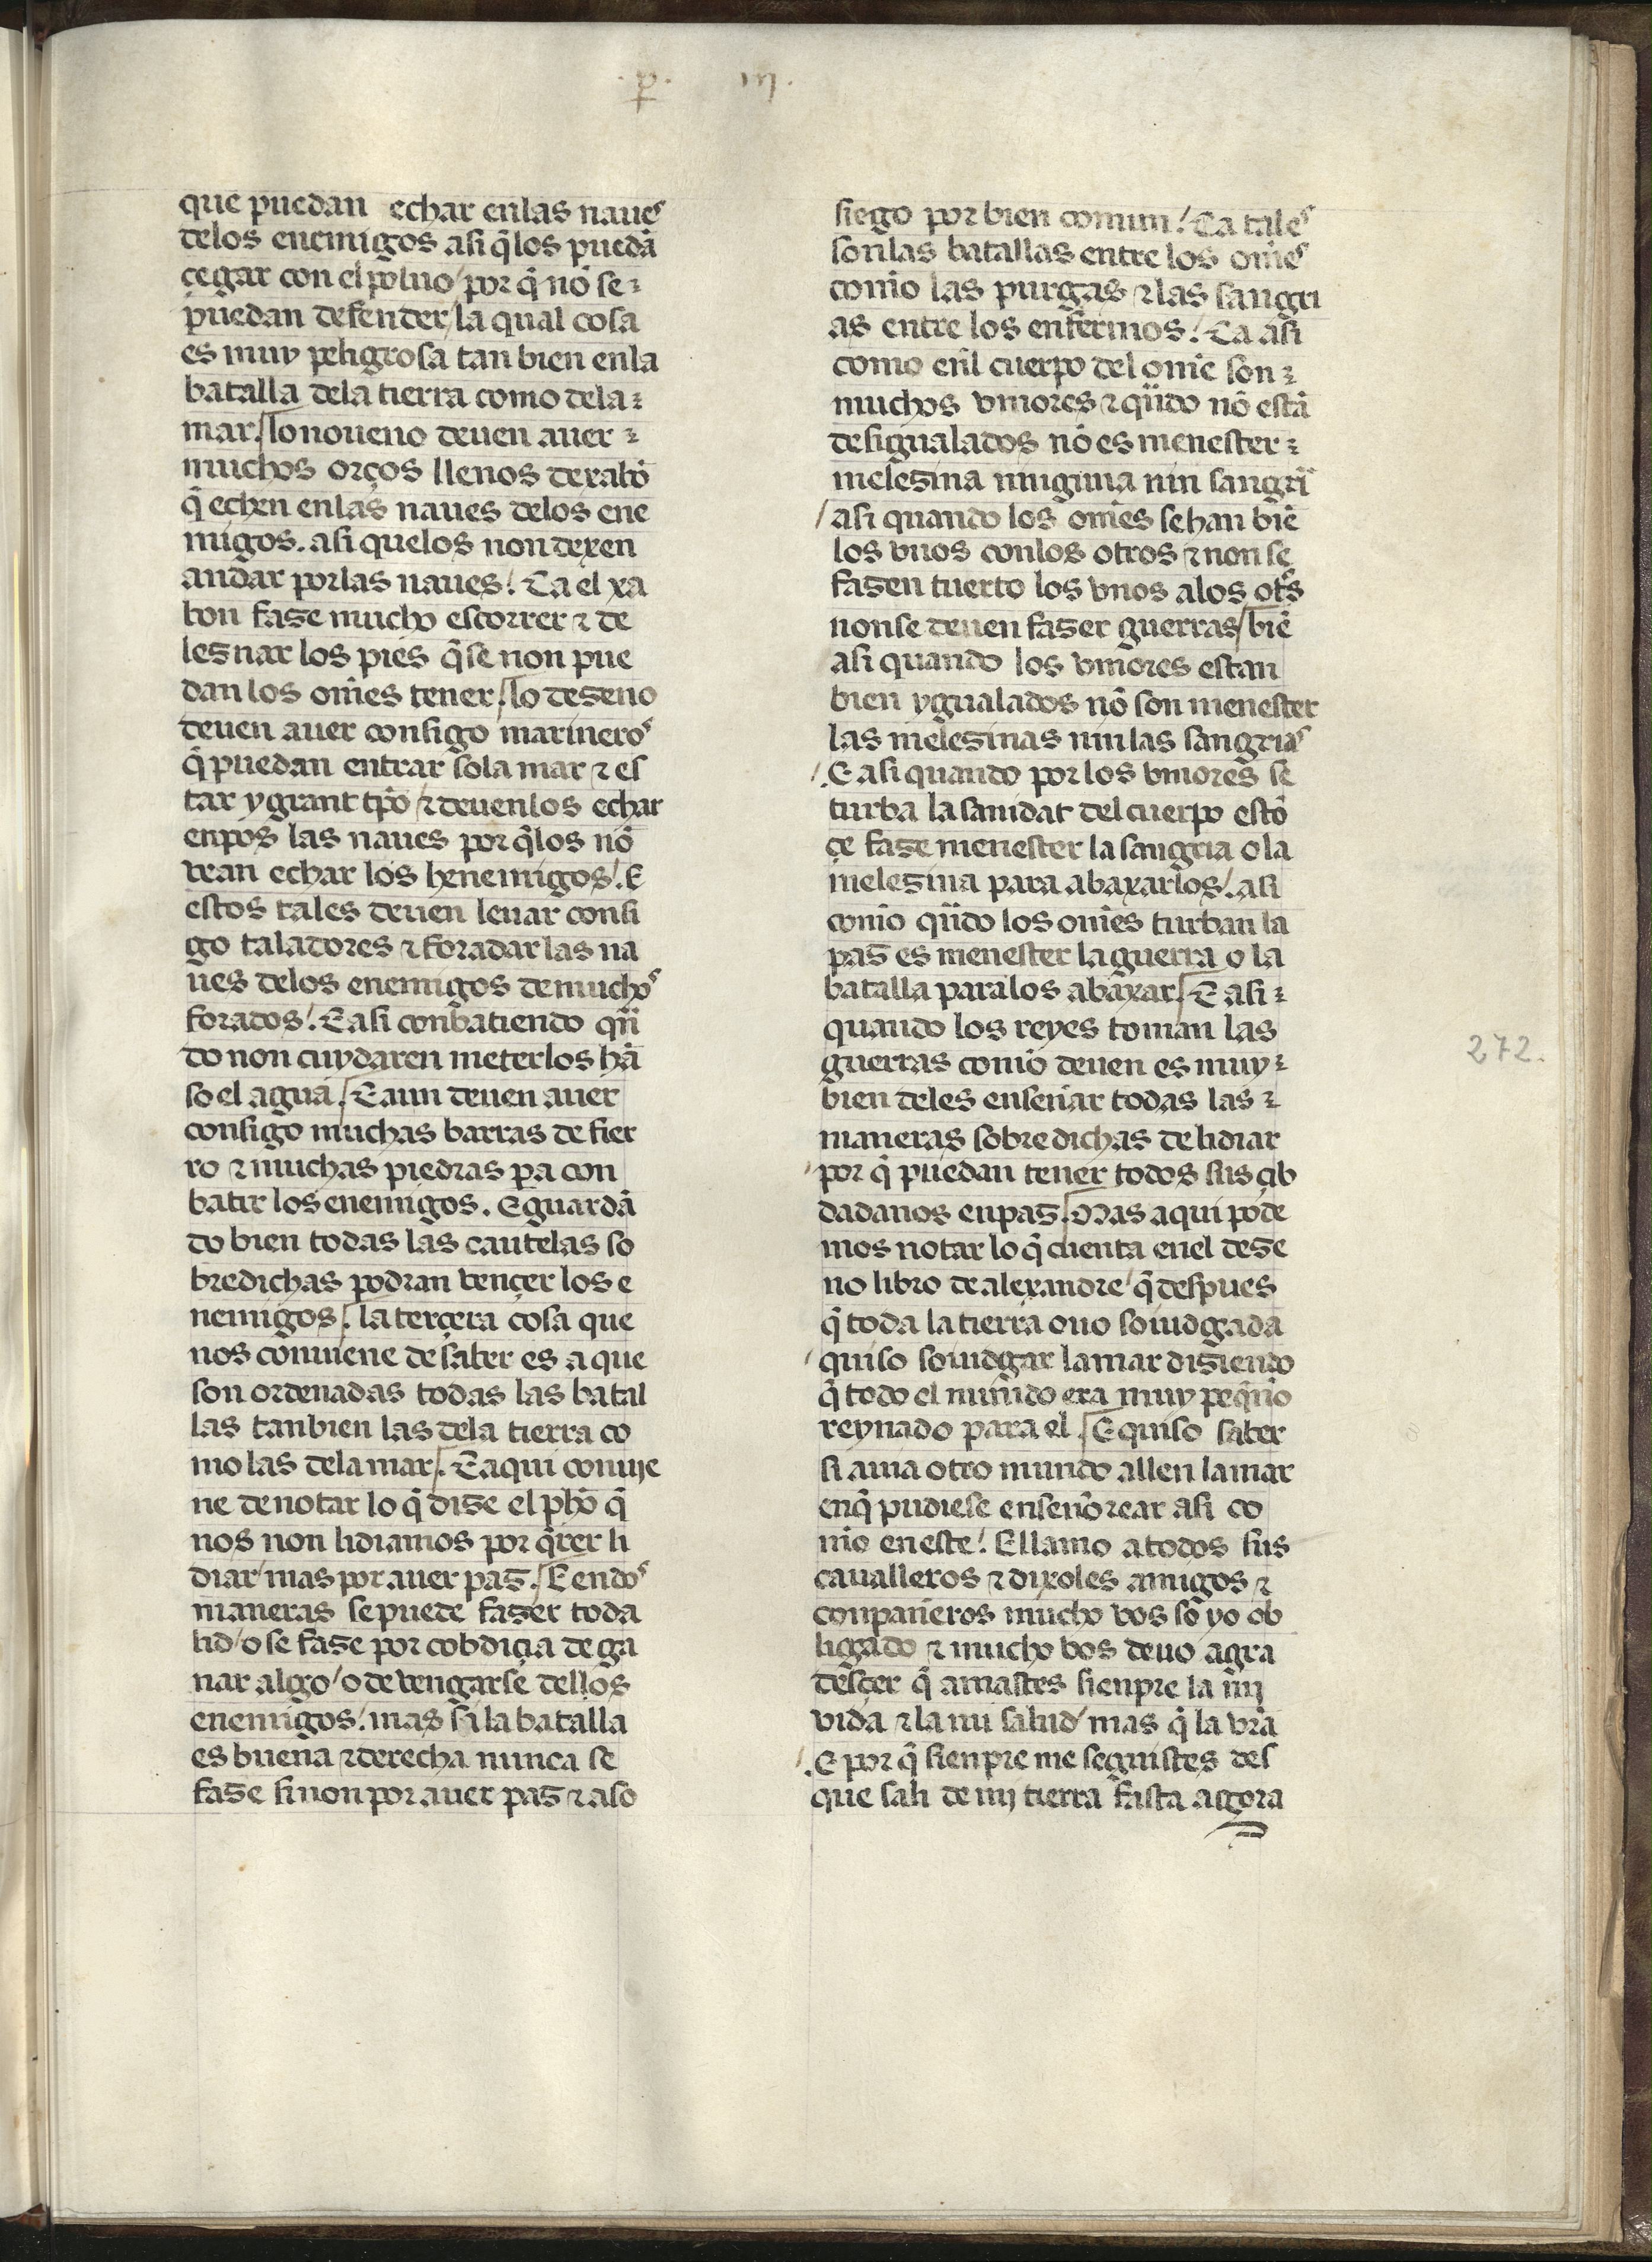
Shelfmark: Madrid, Fundación Lázaro Galdiano, mss 289
Century: 15